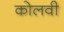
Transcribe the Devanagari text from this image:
कोलवी